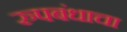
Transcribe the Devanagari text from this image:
रुपबंधाचा